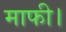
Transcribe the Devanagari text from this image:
माफी।